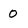
Character: 0